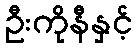
ဦးကိုနီနှင့်